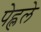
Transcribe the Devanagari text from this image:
पेह्लले